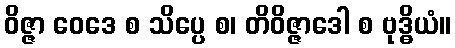
ဝိဇ္ဇာ ဝေဒေ စ သိပ္ပေ စ၊ တိဝိဇ္ဇာဒေါ စ ဗုဒ္ဓိယံ။